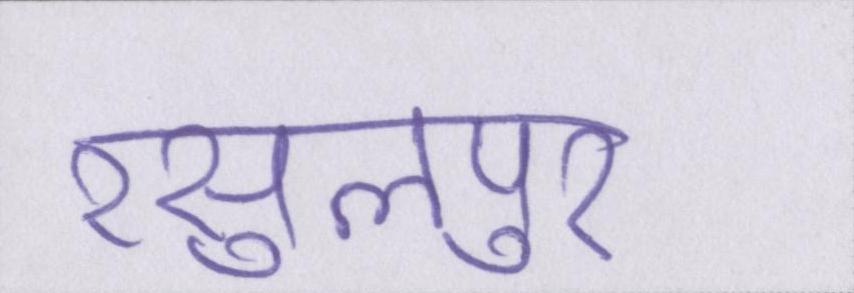
रसुलपुर